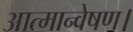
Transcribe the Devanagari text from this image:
आत्मान्वेषण।